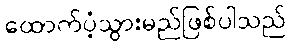
ထောက်ပံ့သွားမည်ဖြစ်ပါသည်